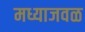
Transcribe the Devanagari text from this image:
मध्याजवळ